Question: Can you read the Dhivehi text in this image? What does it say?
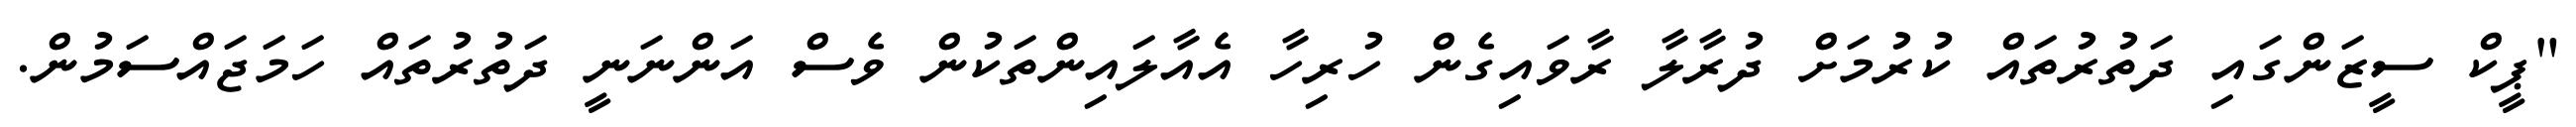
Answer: "ޕީކް ސީޒަންގައި ދަތުރުތައް ކުރުމަށް ދުރާލާ ރާވައިގެން ހުރިހާ އެއާލައިންތަކުން ވެސް އަންނަނީ ދަތުރުތައް ހަމަޖައްސަމުން.